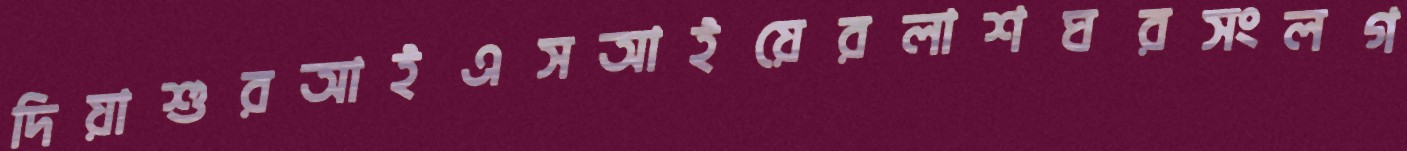
দিয়াশুরআইএসআইয়েরলাশঘরসংলগ